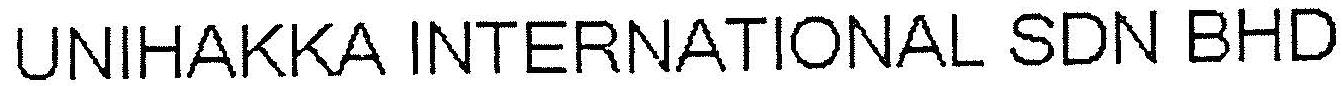
UNIHAKKA INTERNATIONAL SDN BHD